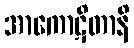
အာကောဋိတာနိ